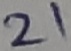
Text: 21